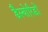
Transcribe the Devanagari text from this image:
डैस्योरिडों